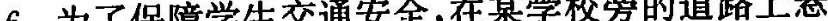
6.为了保障学生交通安全，在某学校旁的道路上悬